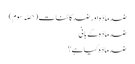
ضد مادّہ اور ضد کائنات (حصّہ سوم)
ضد مادّہ کے بانی
ضد مادّہ کیا ہے؟